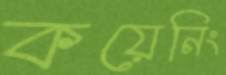
কয়েনিং